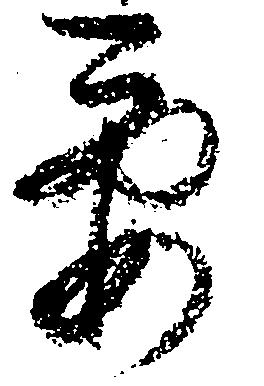
要